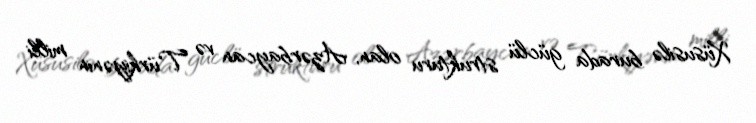
Xüsusilə burada güclü strukturu olan, Azərbaycan və Türkiyənin milli